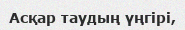
Асқар таудың үңгірі,